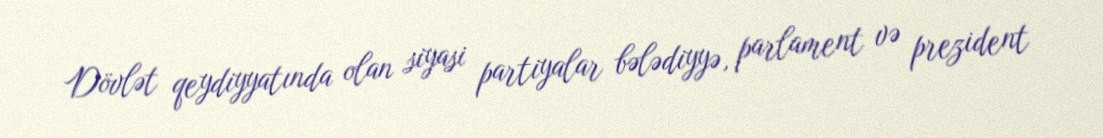
Dövlət qeydiyyatında olan siyasi partiyalar bələdiyyə, parlament və prezident